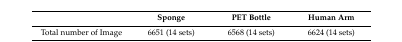
<table><thead><tr><td></td><td><b>Sponge</b></td><td><b>PET Bottle</b></td><td><b>Human Arm</b></td></tr></thead><tbody><tr><td>Total number of Image</td><td>6651 (14 sets)</td><td>6568 (14 sets)</td><td>6624 (14 sets)</td></tr></tbody></table>